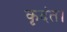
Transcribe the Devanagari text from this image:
कृदंत।